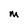
Character: M